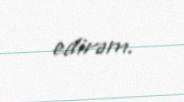
edirəm.